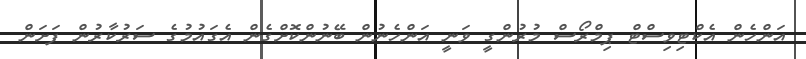
އަންހެން އެކްޓިވިސްޓް ޕިމްރޯސް މުރުންގީ ވަނީ އަންހެނުން ބޭނުންކޮށްގެން އެގައުމުގެ ސަރުކާރުން ފަށަން